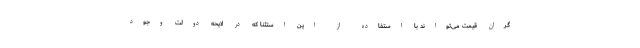
گران قیمت می‌تواند با استفاده از این استثنا که در لایحه دولت وجود